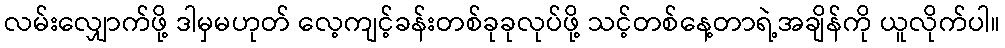
လမ်းလျှောက်ဖို့ ဒါမှမဟုတ် လေ့ကျင့်ခန်းတစ်ခုခုလုပ်ဖို့ သင့်တစ်နေ့တာရဲ့အချိန်ကို ယူလိုက်ပါ။